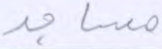
مساجد